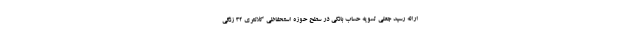
ارائه رسید جعلی تسویه حساب بانکی در سطح حوزه استحفاظی کلانتری ۳۲ زنگی